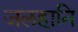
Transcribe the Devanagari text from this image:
जलहानि